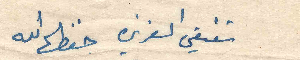
شقيقي العزيزه حفظها الله